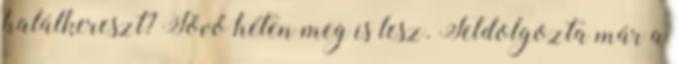
halálkereszt? Jövő héten meg is lesz. Feldolgozta már a